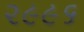
૨૯૯૬